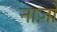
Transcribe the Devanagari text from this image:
नाज़ों